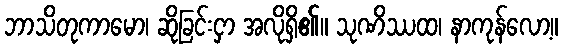
ဘာသိတုကာမော၊ ဆိုခြင်းငှာ အလိုရှိ၏။ သုဏိဿထ၊ နာကုန်လော့။